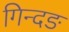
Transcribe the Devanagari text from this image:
गिन्दङ